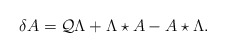
\begin{align*}\delta A=\mathcal{Q}\Lambda +\Lambda \star A-A\star \Lambda .\end{align*}